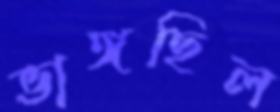
ভাঙ্গছিল